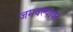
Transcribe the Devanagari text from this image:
जमवल्यावर